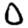
Digit: 0